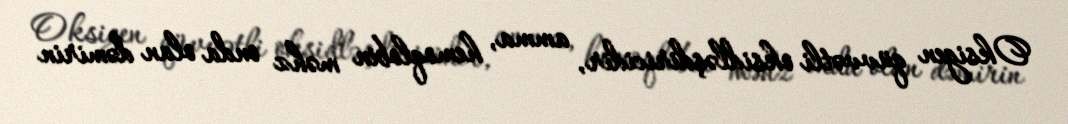
Oksigen qüvvətli oksidləşdiricidir, amma, hemoqlobin məhz onda olan dəmirin